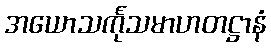
အယောသင်္ကုသမာဟတဋ္ဌာနံ